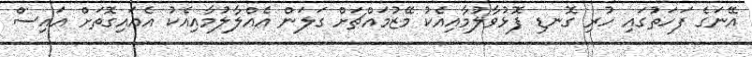
އޭނަގެ ފަހަތުގައި ހުރި ގޮނޑި ފޮޅުވާލުމާއިއެކު މޭޒުމައްޗަށް ގަލަން އެއްލާލުމާއިއެކު އެއައިގޮތަށް އައިސް